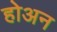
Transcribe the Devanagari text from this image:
होअन